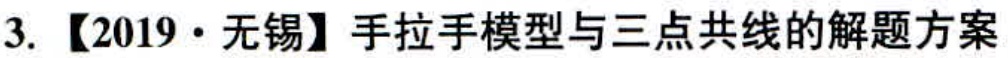
3. 【2019·无锡】手拉手模型与三点共线的解题方案